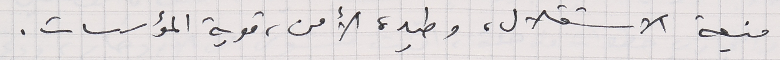
منيعة الاستقلال، وطيدة الأمن، قوية المؤسسات.